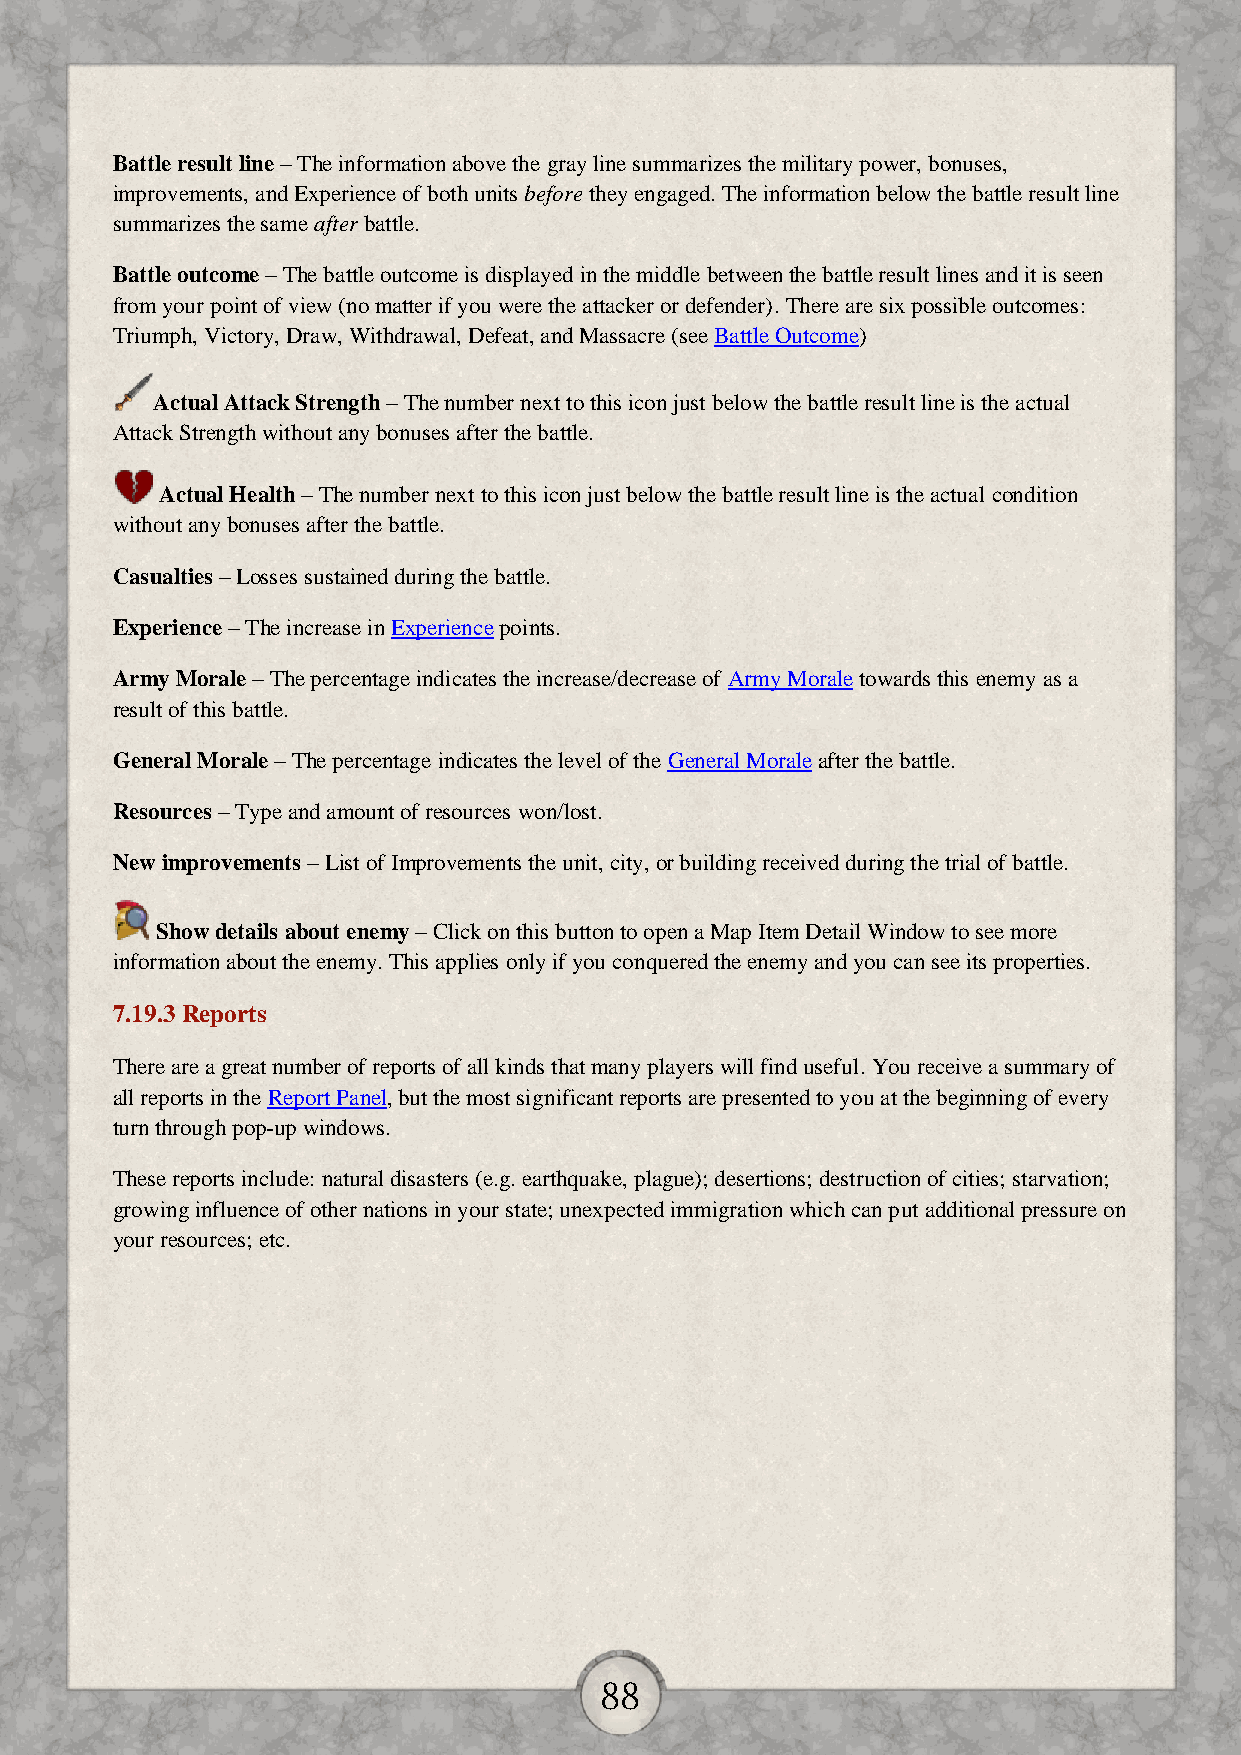
Battle result line – The information above the gray line summarizes the military power, bonuses,
 improvements, and Experience of both units before they engaged. The information below the battle result line
 summarizes the same after battle.
 Battle outcome – The battle outcome is displayed in the middle between the battle result lines and it is seen
 from your point of view (no matter if you were the attacker or defender). There are six possible outcomes:
 Triumph, Victory, Draw, Withdrawal, Defeat, and Massacre (see Battle Outcome)
 Actual Attack Strength – The number next to this icon just below the battle result line is the actual
 Attack Strength without any bonuses after the battle.
 Actual Health – The number next to this icon just below the battle result line is the actual condition
 without any bonuses after the battle.
 Casualties – Losses sustained during the battle.
 Experience – The increase in Experience points.
 Army Morale – The percentage indicates the increase/decrease of Army Morale towards this enemy as a
 result of this battle.
 General Morale – The percentage indicates the level of the General Morale after the battle.
 Resources – Type and amount of resources won/lost.
 New improvements – List of Improvements the unit, city, or building received during the trial of battle.
 Show details about enemy – Click on this button to open a Map Item Detail Window to see more
 information about the enemy. This applies only if you conquered the enemy and you can see its properties.
 7.19.3 Reports
 There are a great number of reports of all kinds that many players will find useful. You receive a summary of
 all reports in the Report Panel, but the most significant reports are presented to you at the beginning of every
 turn through pop-up windows.
 These reports include: natural disasters (e.g. earthquake, plague); desertions; destruction of cities; starvation;
 growing influence of other nations in your state; unexpected immigration which can put additional pressure on
 your resources; etc.
 88